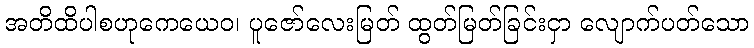
အတိထိပါစဟုကေယေဝ၊ ပူဇော်လေးမြတ် ထွတ်မြတ်ခြင်းငှာ လျောက်ပတ်သော